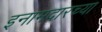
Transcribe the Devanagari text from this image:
इनामदारच्या